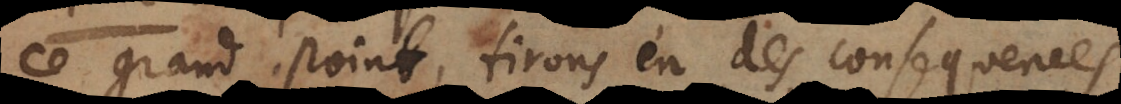
ce grand point, tirons en des consequences